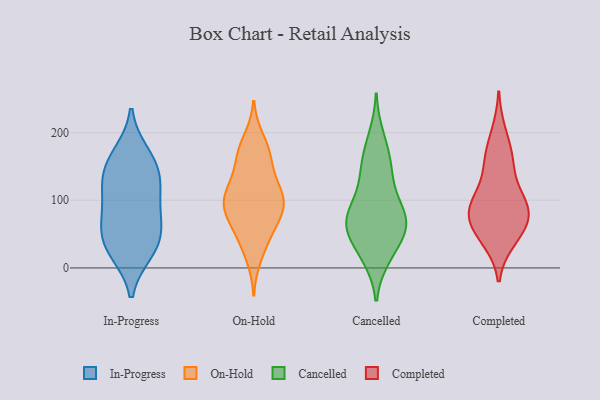
{"axis": {"x": "Satisfaction Score", "y": "Value"}, "legend": ["Cancelled", "Completed", "In-Progress", "On-Hold"], "data": [{"x": "", "y": 69, "type": "In-Progress"}, {"x": "", "y": 36, "type": "In-Progress"}, {"x": "", "y": 122, "type": "In-Progress"}, {"x": "", "y": 62, "type": "In-Progress"}, {"x": "", "y": 119, "type": "In-Progress"}, {"x": "", "y": 142, "type": "In-Progress"}, {"x": "", "y": 88, "type": "In-Progress"}, {"x": "", "y": 156, "type": "In-Progress"}, {"x": "", "y": 167, "type": "In-Progress"}, {"x": "", "y": 25, "type": "In-Progress"}, {"x": "", "y": 30, "type": "In-Progress"}, {"x": "", "y": 68, "type": "On-Hold"}, {"x": "", "y": 126, "type": "On-Hold"}, {"x": "", "y": 175, "type": "On-Hold"}, {"x": "", "y": 69, "type": "On-Hold"}, {"x": "", "y": 89, "type": "On-Hold"}, {"x": "", "y": 161, "type": "On-Hold"}, {"x": "", "y": 42, "type": "On-Hold"}, {"x": "", "y": 42, "type": "On-Hold"}, {"x": "", "y": 85, "type": "On-Hold"}, {"x": "", "y": 152, "type": "On-Hold"}, {"x": "", "y": 110, "type": "On-Hold"}, {"x": "", "y": 103, "type": "On-Hold"}, {"x": "", "y": 82, "type": "On-Hold"}, {"x": "", "y": 170, "type": "On-Hold"}, {"x": "", "y": 100, "type": "On-Hold"}, {"x": "", "y": 113, "type": "On-Hold"}, {"x": "", "y": 107, "type": "On-Hold"}, {"x": "", "y": 16, "type": "On-Hold"}, {"x": "", "y": 190, "type": "On-Hold"}, {"x": "", "y": 72, "type": "Cancelled"}, {"x": "", "y": 77, "type": "Cancelled"}, {"x": "", "y": 174, "type": "Cancelled"}, {"x": "", "y": 69, "type": "Cancelled"}, {"x": "", "y": 98, "type": "Cancelled"}, {"x": "", "y": 63, "type": "Cancelled"}, {"x": "", "y": 138, "type": "Cancelled"}, {"x": "", "y": 15, "type": "Cancelled"}, {"x": "", "y": 16, "type": "Cancelled"}, {"x": "", "y": 74, "type": "Cancelled"}, {"x": "", "y": 195, "type": "Cancelled"}, {"x": "", "y": 48, "type": "Cancelled"}, {"x": "", "y": 56, "type": "Cancelled"}, {"x": "", "y": 110, "type": "Cancelled"}, {"x": "", "y": 144, "type": "Cancelled"}, {"x": "", "y": 31, "type": "Cancelled"}, {"x": "", "y": 68, "type": "Cancelled"}, {"x": "", "y": 154, "type": "Cancelled"}, {"x": "", "y": 107, "type": "Completed"}, {"x": "", "y": 146, "type": "Completed"}, {"x": "", "y": 163, "type": "Completed"}, {"x": "", "y": 74, "type": "Completed"}, {"x": "", "y": 79, "type": "Completed"}, {"x": "", "y": 100, "type": "Completed"}, {"x": "", "y": 85, "type": "Completed"}, {"x": "", "y": 46, "type": "Completed"}, {"x": "", "y": 163, "type": "Completed"}, {"x": "", "y": 200, "type": "Completed"}, {"x": "", "y": 53, "type": "Completed"}, {"x": "", "y": 41, "type": "Completed"}, {"x": "", "y": 93, "type": "Completed"}, {"x": "", "y": 77, "type": "Completed"}]}